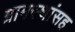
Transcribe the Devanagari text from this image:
ग्रामस्थांसह